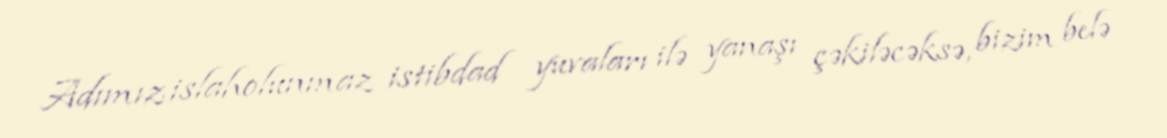
Adımız islaholunmaz istibdad yuvaları ilə yanaşı çəkiləcəksə, bizim belə